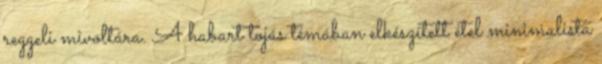
reggeli mivoltára. A habart tojás témában elkészített étel minimalista